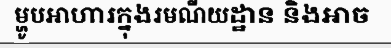
ម្ហូបអាហារក្នុងរមណីយដ្ឋាន និងអាច